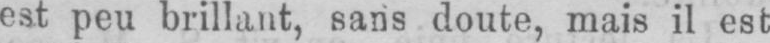
est peu brillant, sans doute, mais il est